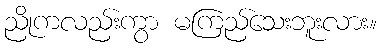
ညိုကလည်းကွာ မကြည်သေးဘူးလား။